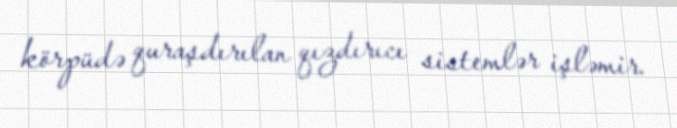
körpüdə quraşdırılan qızdırıcı sistemlər işləmir.